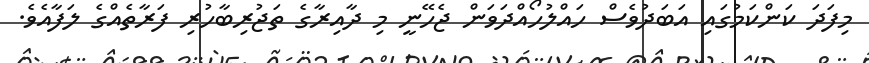
މިފަދަ ކަންކަމުގައި އަބަދުވެސް ހައްލުހޯއްދަވަން ޖެހޭނީ މި ދާއިރާގެ ތަޖުރިބާހުރި ފަރާތެއްގެ ލަފާއެވެ.